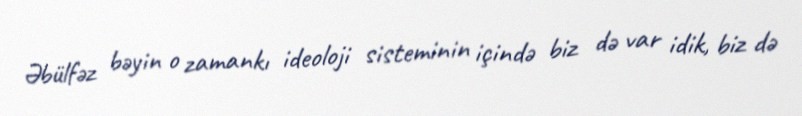
Əbülfəz bəyin o zamankı ideoloji sisteminin içində biz də var idik, biz də